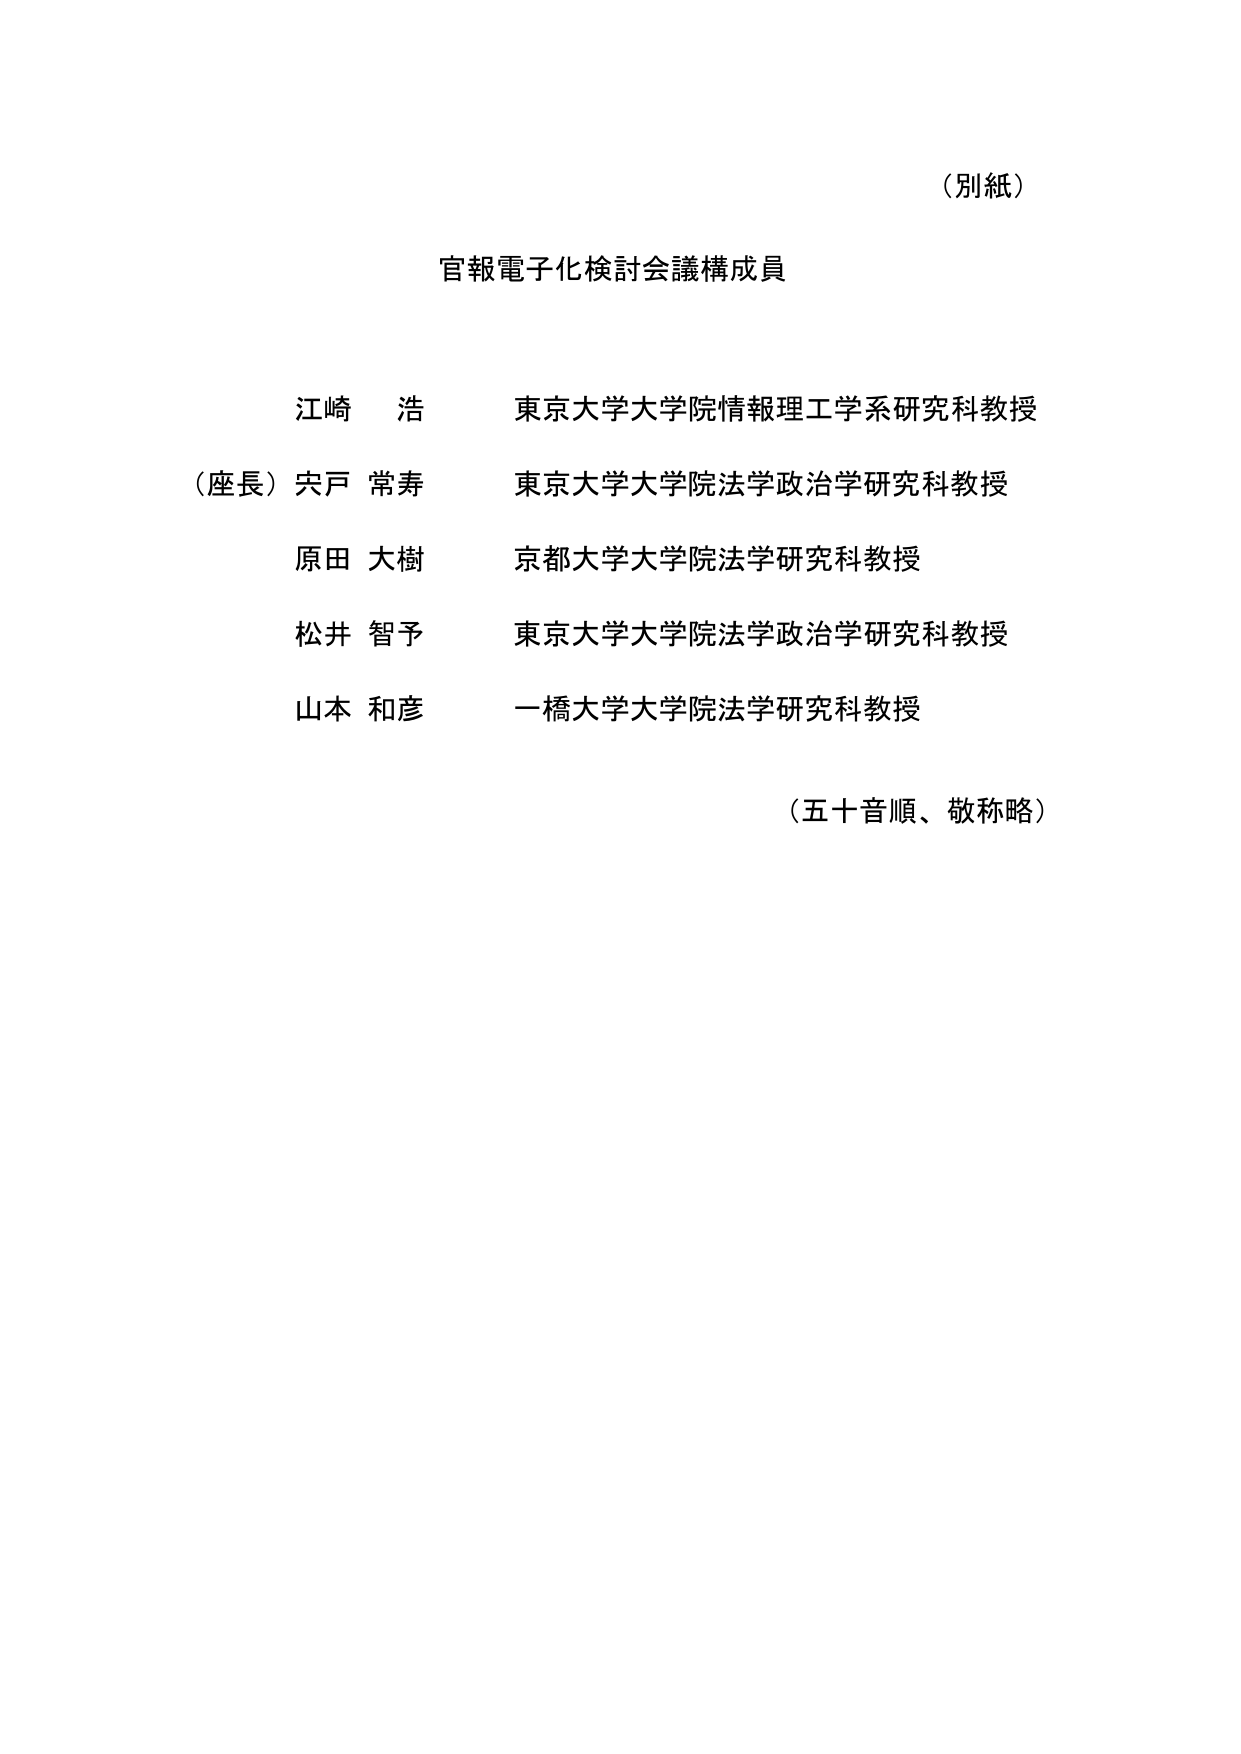
（別紙）

官報電子化検討会議構成員

江崎 浩 東京大学大学院情報理工学系研究科教授
（座長）宍戸 常寿 東京大学大学院法学政治学研究科教授
原田 大樹 京都大学大学院法学研究科教授
松井 智予 東京大学大学院法学政治学研究科教授
山本 和彦 一橋大学大学院法学研究科教授

（五十音順、敬称略）